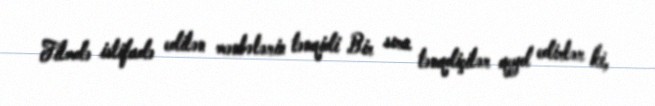
Filmdə istifadə edilən mənbələrin tənqidi Bir sıra tənqdiçilər qeyd edirlər ki,